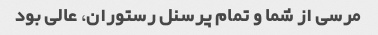
مرسی از شما و تمام پرسنل رستوران، عالی بود